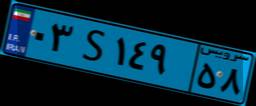
۱۴S۴۱۸۶۴